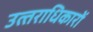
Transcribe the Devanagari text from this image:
उत्‍तराधिकारों